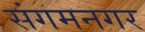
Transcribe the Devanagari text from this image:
संगमनगर